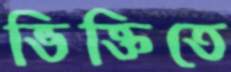
ভিক্তিতে